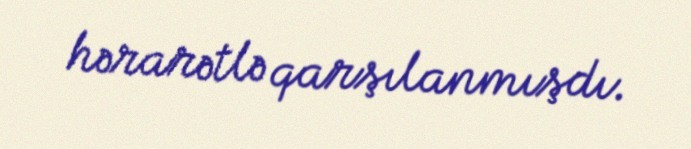
hərarətlə qarşılanmışdı.